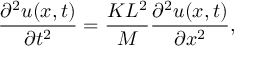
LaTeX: { \frac { \partial ^ { 2 } u ( x , t ) } { \partial t ^ { 2 } } } = { \frac { K L ^ { 2 } } { M } } { \frac { \partial ^ { 2 } u ( x , t ) } { \partial x ^ { 2 } } } ,